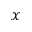
\mathcal { X }